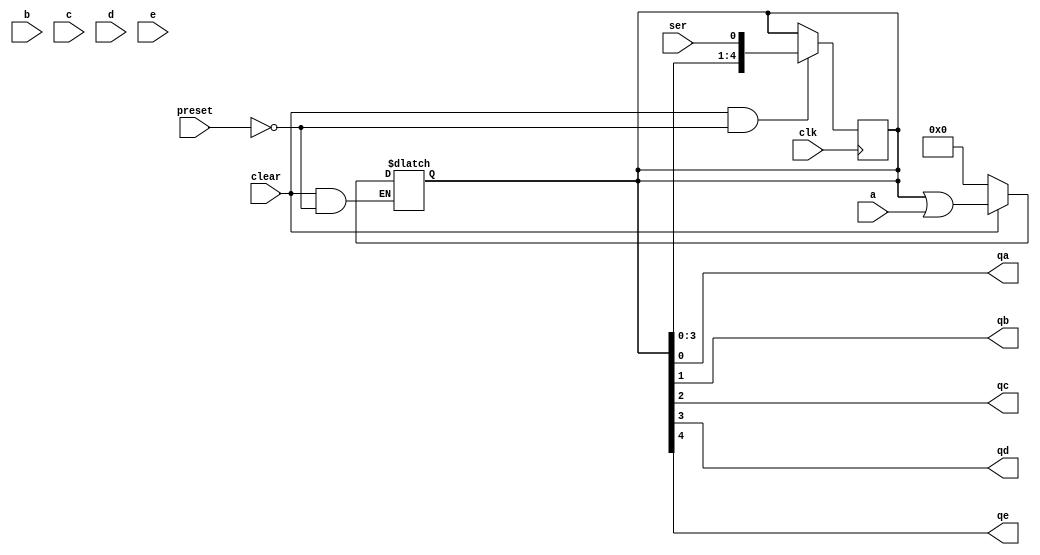
module sn74ls96(qa, qb, qc, qd, qe, a, b, c, d, e, ser, clk, preset, clear);
input a, b, c, d, e, ser, clk, preset, clear;
output qa, qb, qc, qd, qe;
reg [4:0] r;
wire [4:0] i;
wire pi, ci, clki;

parameter
	// TI TTL data book Vol 1, 1985
	tPLHq_min=0, tPLHq_typ=25, tPLHq_max=40,	//TPL CLK -> Q*
	tPHLq_min=0, tPHLq_typ=25, tPHLq_max=40,
	tPLHp_min=0, tPLHp_typ=28,  tPLHp_max=35,	//TPL PRESET -> Q*
	tPHLc=55;                                   //TPL CLEAR -> Q*
	
assign in = { e, d, c, b, a }; // join inputs
assign #(tPLHp_min:tPLHp_typ:tPLHp_max) pi = preset; // delay preset
assign #(0, tPHLc) ci = clear; // delay clear
assign #(tPLHq_min:tPLHq_typ:tPLHq_max, tPHLq_min:tPHLq_typ:tPHLq_max) clki = clk; // delay clock

always @(ci,pi) // handle preset and clear
begin
	if (ci==0)
		r <= 5'b00000;
	else if (pi==1)
		r <= r | in;
end

always @(negedge clki) // clock in case of no clear/preset
begin
	if (ci==1 && pi==0)
		r <= { r[3:0], ser };
end

assign qa = r[0]; // move reg to output
assign qb = r[1];
assign qc = r[2];
assign qd = r[3];
assign qe = r[4];

endmodule